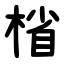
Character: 㮐